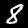
Digit: 8